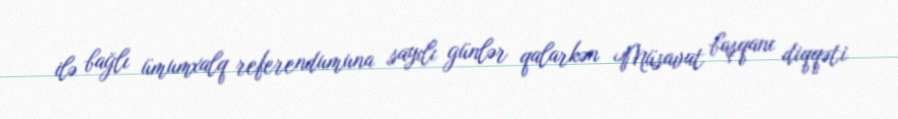
ilə bağlı ümumxalq referendumuna sayılı günlər qalarkən Müsavat başqanı diqqəti